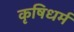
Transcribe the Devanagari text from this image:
कृषिधर्म